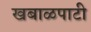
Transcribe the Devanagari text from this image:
खबाळपाटी